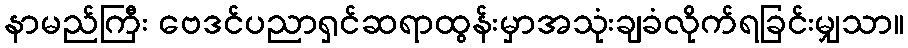
နာမည်ကြီး ဗေဒင်ပညာရှင်ဆရာထွန်းမှာအသုံးချခံလိုက်ရခြင်းမျှသာ။